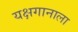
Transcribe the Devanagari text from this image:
यक्षगानाला